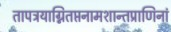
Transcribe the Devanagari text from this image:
तापत्रयाग्नितप्तनामशान्तप्राणिनां